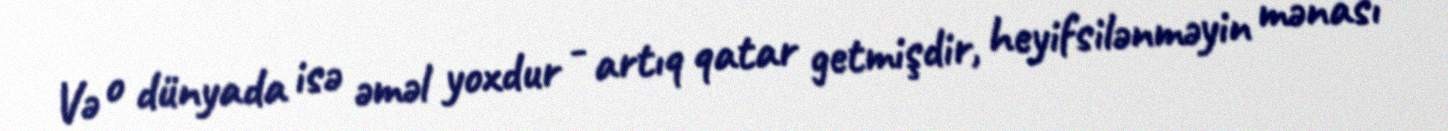
Və o dünyada isə əməl yoxdur - artıq qatar getmişdir, heyifsilənməyin mənası